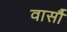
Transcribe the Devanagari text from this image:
वार्सौ